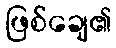
ဖြစ်ချေ၏